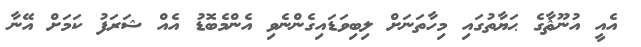
އެއީ އުނޫޘާގެ ޙަޔާތުގައި މިހާތަނަށް ލިބިވަޑައިގެންނެވި އެންމެބޮޑު އެއް ޝަރަފު ކަމަށް އޭނާ